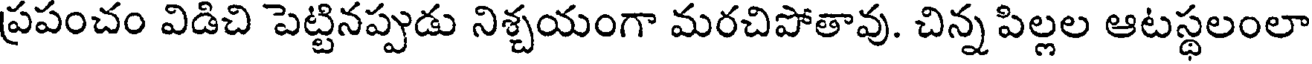
ప్రపంచం విడిచి పెట్టినప్పుడు నిశ్చయంగా మరచిపోతావు. చిన్న పిల్లల ఆటస్థలంలా